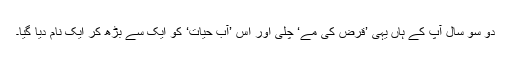
دو سو سال آپ کے ہاں یہی ’قرض کی مے‘ چلی اور اس ’آبِ حیات‘ کو ایک سے بڑھ کر ایک نام دیا گیا۔